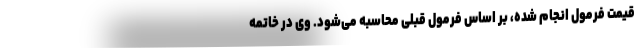
قیمت فرمول انجام شده، بر اساس فرمول قبلی محاسبه می‌شود. وی در خاتمه